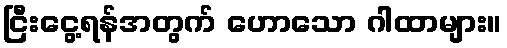
ငြီးငွေ့ရန်အတွက် ဟောသော ဂါထာများ။